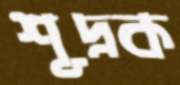
শূদ্রক